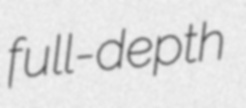
full-depth